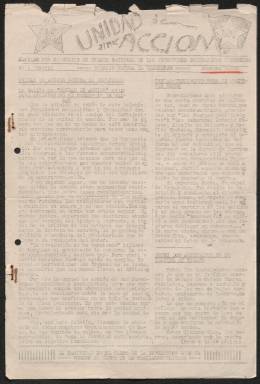
Título: Unidad de acción
Colección: Política
Ámbito geográfico: Madrid
Lugar de publicación: Madrid
Fechas: 01/02/1935-28/02/1935